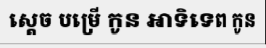
ស្តេច បម្រើ កូន អាទិទេព កូន